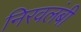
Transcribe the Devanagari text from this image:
निरवलंबी